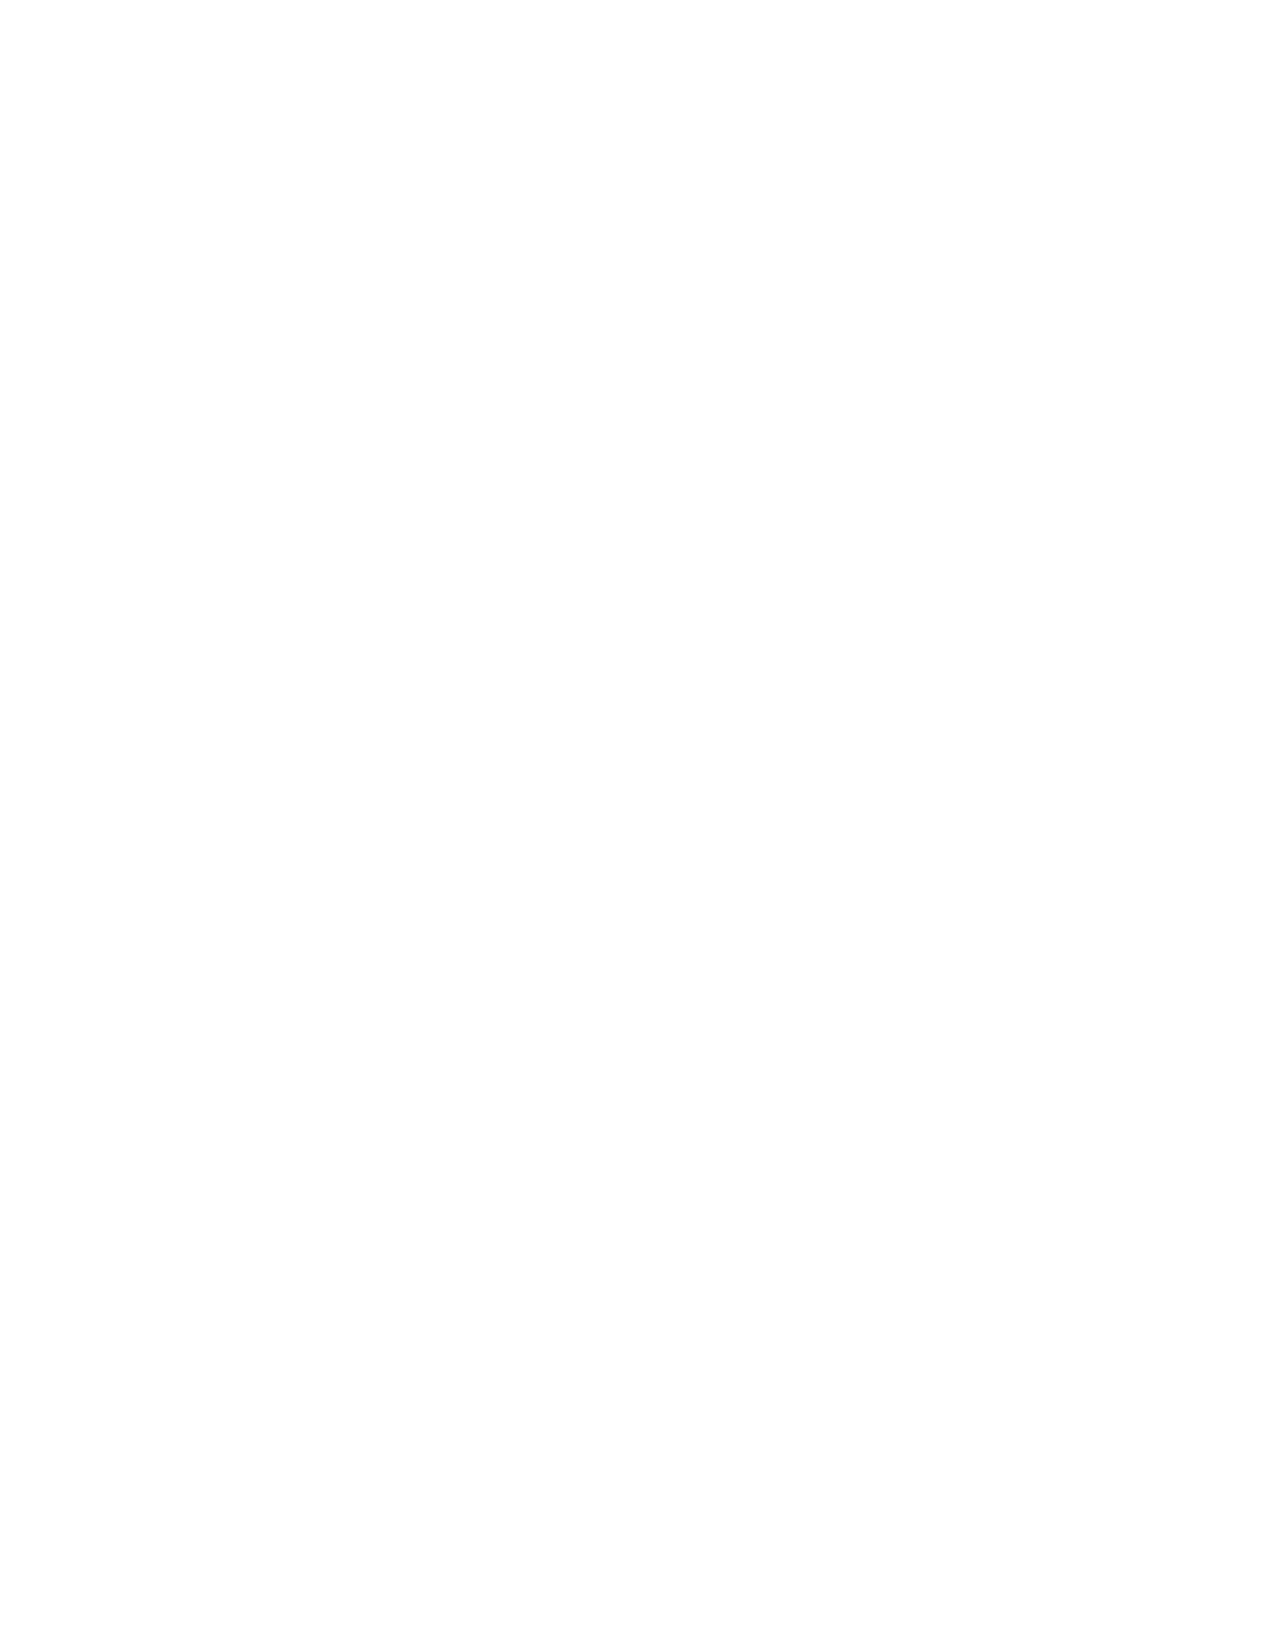
VerDate Apr 14 2004 11:04 Apr 14, 2004 Jkt 077500 PO 00000 Frm 00002 Fmt 8221 Sfmt 8221 C:\CONAN\CON033.XXX PRFM99 PsN: CON033